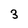
Character: 3